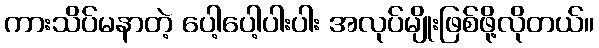
ကားသိပ်မနာတဲ့ ပေါ့ပေါ့ပါးပါး အလုပ်မျိုးဖြစ်ဖို့လိုတယ်။